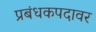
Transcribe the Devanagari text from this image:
प्रबंधकपदावर